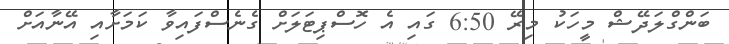
ބަންގްލަދޭޝް މީހަކު މިރޭ 6:50 ގައި އެ ހޮސްޕިޓަލަށް ގެނެސްފައިވާ ކަމަށާއި އޭނާއަށް